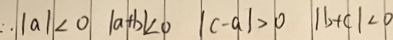
\therefore \vert a \vert < 0 \vert a + b \vert < 0 \vert c - a \vert > 0 \vert b + c \vert < 0